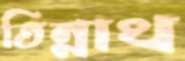
তিন্নাথ